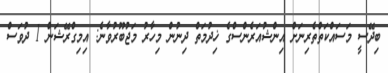
ބިދޭސީ މަސައްކަތްތެރިނަށް އިންޝުއަރެންސްގެ ޚިދުމަތް ދިނުން މިހާރު މަޖުބޫރުވާނެ: އިމިގްރޭޝަން 1 ދުވަސް